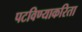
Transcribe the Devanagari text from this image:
पटविण्याकरिता